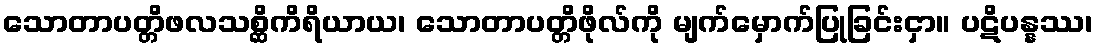
သောတာပတ္တိဖလသစ္ဆိကိရိယာယ၊ သောတာပတ္တိဖိုလ်ကို မျက်မှောက်ပြုခြင်းငှာ။ ပဋိပန္နဿ၊